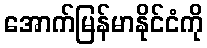
အောက်မြန်မာနိုင်ငံကို